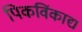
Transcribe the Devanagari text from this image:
पिकविंकाद्य